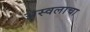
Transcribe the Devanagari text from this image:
अस्वलाचा